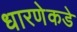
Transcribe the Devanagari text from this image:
धारणेकडे